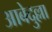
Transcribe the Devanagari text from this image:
आबेदुल्ला